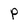
Character: p